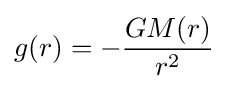
g(r)=-{\frac {GM(r)}{r^{2}}}